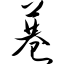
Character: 巷